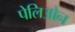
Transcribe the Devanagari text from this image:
पेलिओन